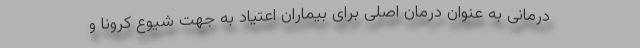
درمانی به عنوان درمان اصلی برای بیماران اعتیاد به جهت شیوع کرونا و